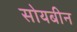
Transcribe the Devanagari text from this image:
सोयबीन